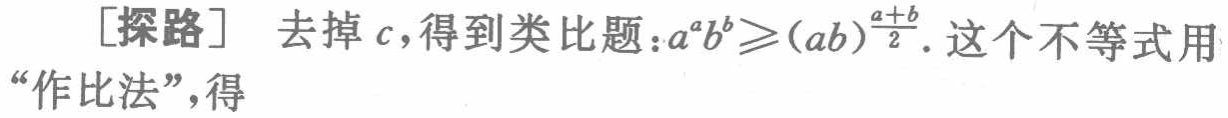
[探路] 去掉\(c\)，得到类比题：\(a^{a}b^{b}\geqslant(ab)^{\frac{a + b}{2}}\)。这个不等式用“作比法”，得